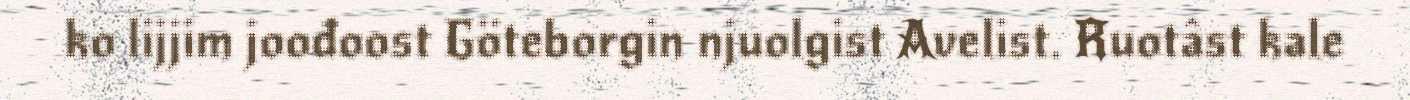
ko lijjim joođoost Göteborgin njuolgist Avelist. Ruotâst kale